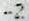
-2